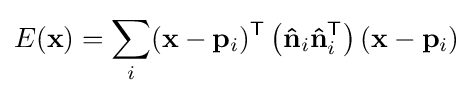
E(\mathbf {x} )=\sum _{i}(\mathbf {x} -\mathbf {p} _{i})^{\mathsf {T}}\left(\mathbf {\hat {n}} _{i}\mathbf {\hat {n}} _{i}^{\mathsf {T}}\right)(\mathbf {x} -\mathbf {p} _{i})